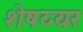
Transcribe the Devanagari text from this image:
शेषय्यर